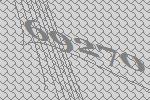
69270